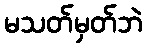
မသတ်မှတ်ဘဲ